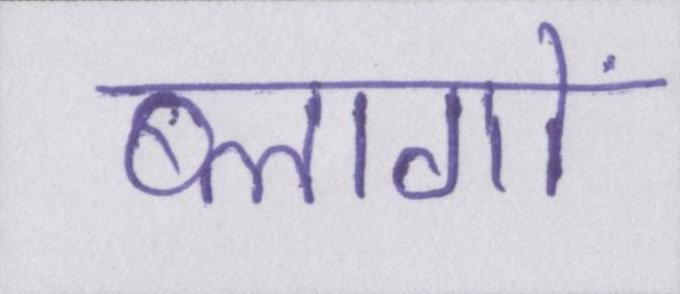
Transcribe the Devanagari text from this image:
ब्लागों